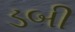
ડબી